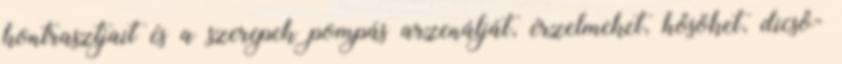
kontrasztjait és a szerepek pompás arzenálját, érzelmeket, hősöket, dicső-